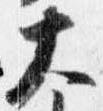
大